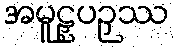
အမူဠှပဉှဿ